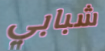
شبابي